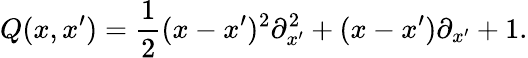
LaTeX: Q(x,x^{\prime})=\frac{1}{2}(x-x^{\prime})^{2}{\partial}_{x^{\prime}}^{2}+(x-x^{\prime}){\partial}_{x^{\prime}}+1.